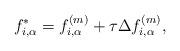
LaTeX: \begin{align*} f_{i,\alpha}^{*} = f_{i,\alpha}^{(m)} + \tau \Delta f_{i,\alpha}^{(m)},\end{align*}